Leaving Certificate Examination, 1911
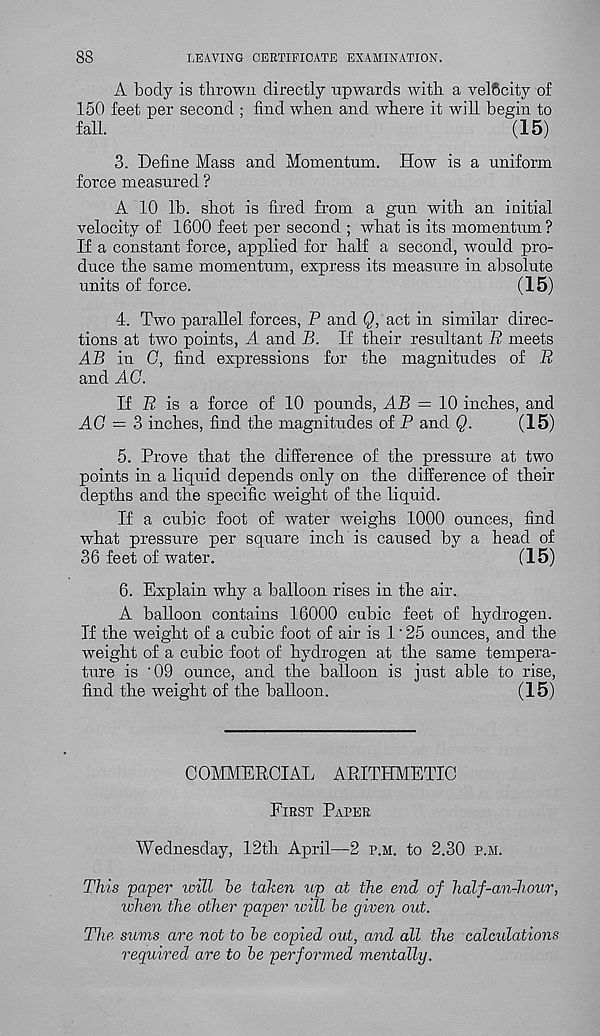
88
LEAVING CERTIFICATE EXAMINATION.
A body is thrown directly upwards with a velocity of
150 feet per second ; find when and where it will begin to
fall.
(15)
3. Define Mass and Momentum. How is a uniform
force measured ?
A 10 lb. shot is fired from a gun with an initial
velocity of 1600 feet per second ; what is its momentum?
If a constant force, applied for half a second, would pro-
duce the same momentum, express its measure in absolute
units of force.
(15)
4. Two parallel forces, P and Q, act in similar direc-
tions at two points, A and B. If their resultant R meets
AB in C, find expressions for the magnitudes of R
and AG.
If P is a force of 10 pounds, AB = 10 inches, and
AG — 3 inches, find the magnitudes of P and Q.
(15)
5. Prove that the difference of the pressure at two
points in a liquid depends only on the difference of their
depths and the specific weight of the liquid.
If a cubic foot of water weighs 1000 ounces, find
what pressure per square inch is caused by a head of
36 feet of water.
(15)
6. Explain why a balloon rises in the air.
A balloon contains 16000 cubic feet of hydrogen.
If the weight of a cubic foot of air is 1'25 ounces, and the
weight of a cubic foot of hydrogen at the same tempera-
ture is '09 ounce, and the balloon is just able to rise,
find the weight of the balloon.
(15)
COMMERCIAL ARITHMETIC
First Paper
Wednesday, 12th April—2 p.m. to 2.30 p.m.
This paper will be taken up at the end of half-an-hour,
when the other paper will be given out.
The sums are not to be copied oat, and all the calculations
required are to be performed mentally.